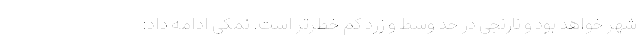
شهر خواهد بود و نارنجی در حد وسط و زرد کم خطرتر است. نمکی ادامه داد: